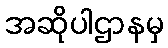
အဆိုပါဌာနမှ